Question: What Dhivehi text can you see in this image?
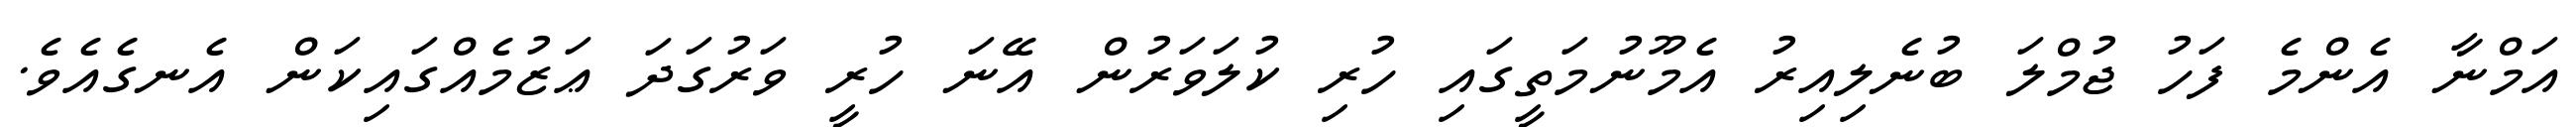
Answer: އަމްނާ އެންމެ ފަހު ޖުމްލަ ބުނެލިއިރު އެމޫނުމަތީގައި ހުރި ކުލަވަރުން އޭނަ ހުރީ ވަރުގަދަ ޢަޒުމެއްގައިކަން އެނގެއެވެ.